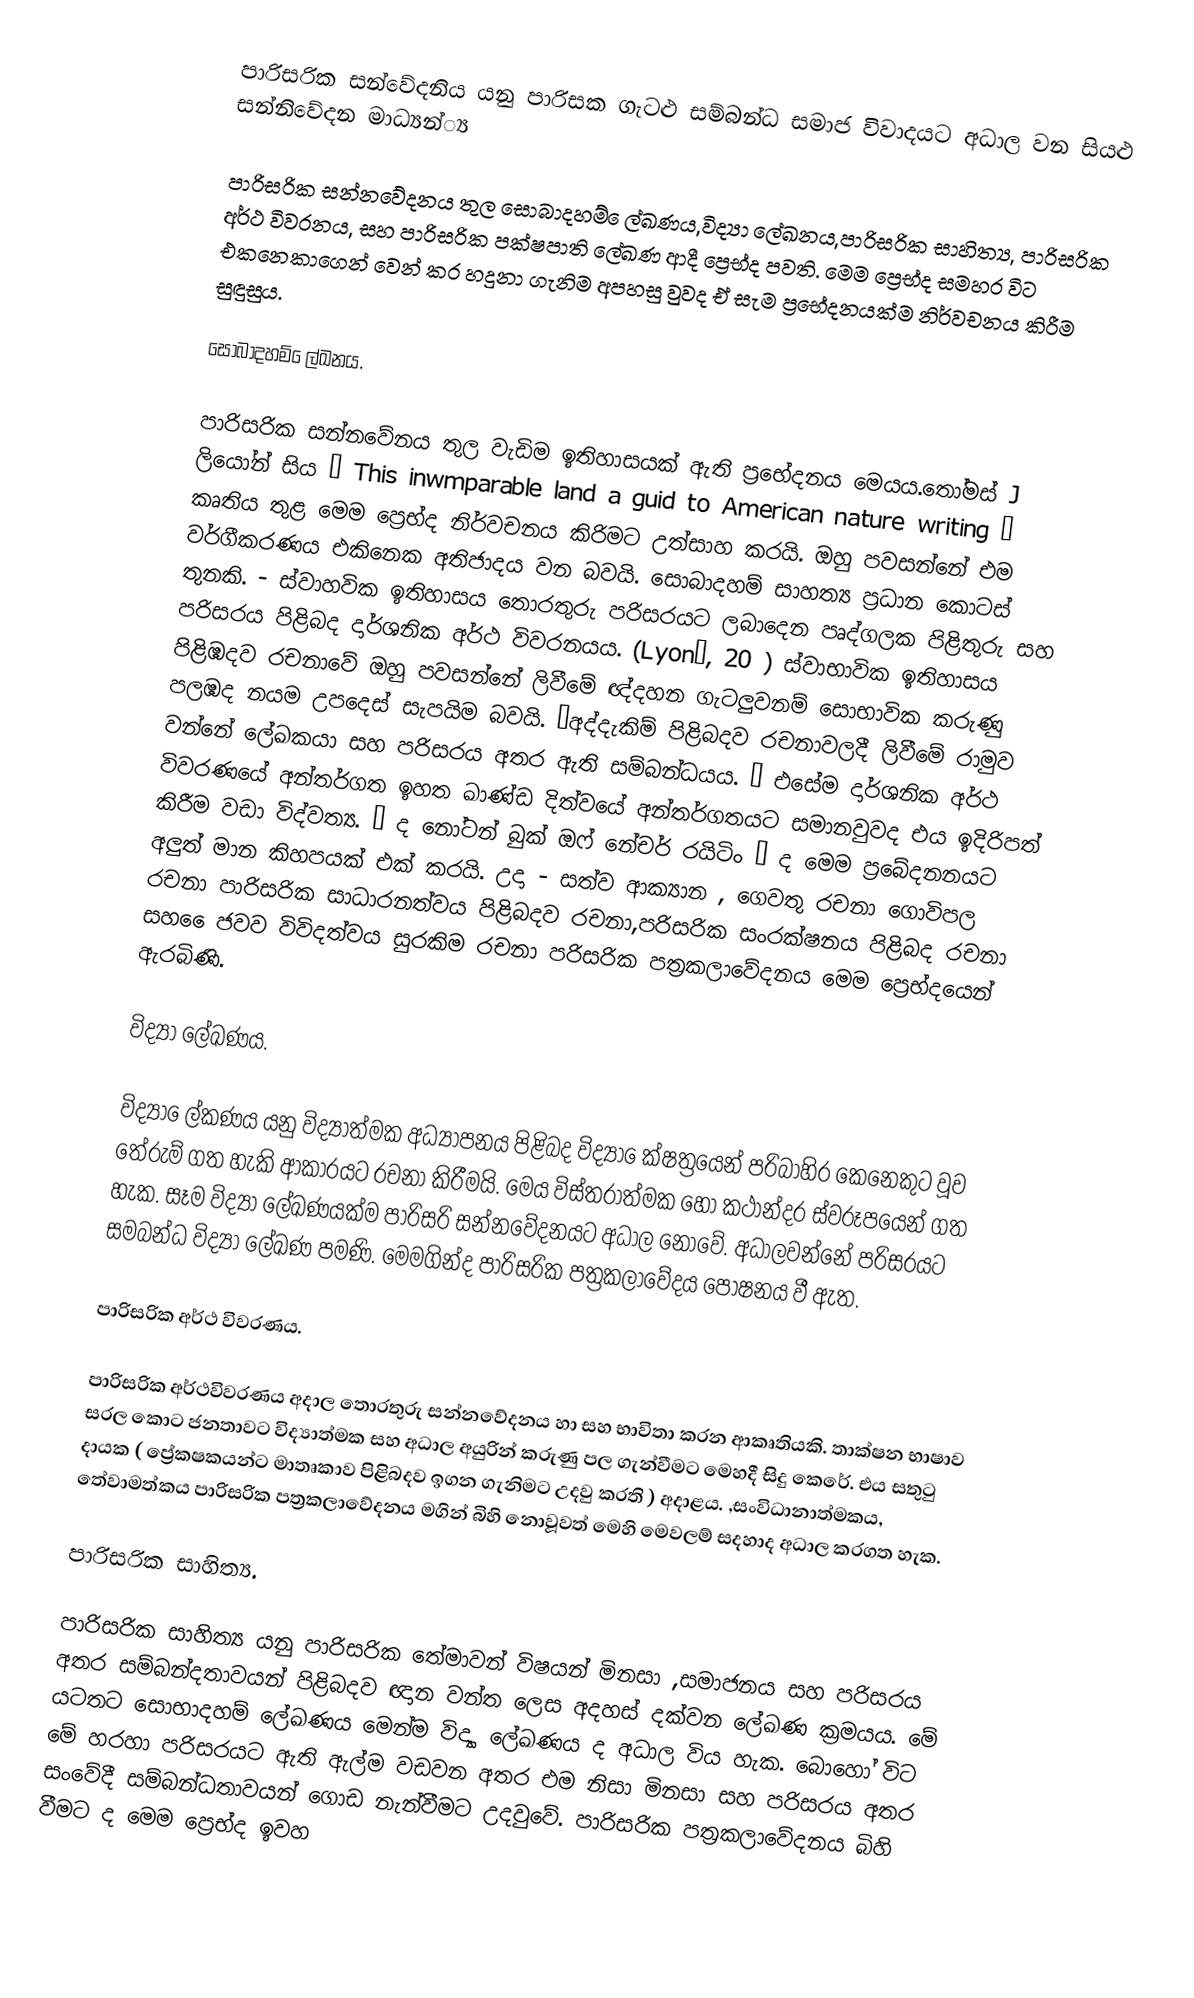
පාරිසරික සන්වේදනිය යනු පාරිසක ගැටළු සම්බන්ධ සමාජ විවාදයට අධාල වන සියළු සන්නිවේදන මාධ්‍යන්‍්‍ය

පාරිසරික සන්නවේදනය තුල සොබාදහම් ෙල්ඛණය,විද්‍යා ලේඛනය,පාරිසරික සාහිත්‍ය, පාරිසරික අර්ථ විවරනය, සහ පාරිසරික පක්ෂපාති ලේඛණ ආදී ප්‍රෙභ්ද පවති. මෙම  ප්‍රෙභ්ද සමහර විට  එකනෙකාගෙන් වෙන් කර හදුනා ගැනිම අපහසු වුවද ඒ සැම ප්‍රභේදනයක්ම නිර්වචනය කිරීම සුඳුසුය.

සොබාදහම් ෙල්ඛනය.

පාරිසරික සන්නවේනය තුල වැඩිම ඉතිහාසයක් ඇති ප්‍රභේදනය මෙයය.තෝමස්  J ලියෝන් සිය “ This inwmparable land a guid to American nature writing ”  කෘතිය තුළ මෙම ප්‍රෙභ්ද නිර්වචනය කිරිමට උත්සාහ කරයි. ඔහු පවසන්නේ එම වර්ගීකරණය එකිනෙක අතිජාදය වන බවයි.  සොබාදහම් සාහත්‍ය ප්‍රධාන කොටස් තුනකි.  - ස්වාහවික ඉතිහාසය තොරතුරු පරිසරයට ලබාදෙන පෘද්ගලක පිළිතුරු සහ පරිසරය පිළිබද දාර්ශනික අර්ථ විවරනයය. (Lyon’, 20 ) ස්වාභාවික ඉතිහාසය පිළිඹදව රචනාවේ ඔහු පවසන්නේ ලිවීමේ ඥ්දහන ගැටලුවනම් සොභාවික කරුණු පලඹද නයම උපදෙස් සැපයිම බවයි. “අද්දැකිම් පිළිබදව රචනාවලදී ලිවීමේ රාමුව වන්නේ ලේඛකයා සහ පරිසරය අතර ඇති සම්බන්ධයය. ” එසේම දාර්ශනික අර්ථ විවරණයේ අන්තර්ගත ඉහත ඛාණ්ඩ දිත්වයේ අන්තර්ගතයට සමානවුවද එය ඉදිරිපත් කිරීම වඩා විද්වත්‍ය. “ ද නෝටන් බුක් ඔෆ් නේචර් රයිටිං ” ද මෙම ප්‍රබේදනනයට අලුත් මාන කිහපයක් එක් කරයි. උදා - සත්ව ආක්‍යාන , ගෙවතු රචනා ගොවිපල රචනා පාරිසරික සාධාරනත්වය පිළිබදව රචනා,පරිසරික සංරක්ෂනය පිළිබද රචනා සහ ෙෙජවව විවිදත්වය සුරකිම රචනා පරිසරික පත්‍රකලාවේදනය මෙම ප්‍රෙභ්දයෙන් ඇරබිණි.

විද්‍යා ලේඛණය.

විද්‍යා ෙල්කණය යනු විද්‍යාත්මක අධ්‍යාපනය පිළිබද විද්‍යා ෙක්ෂත්‍රයෙන් පරිබාහිර කෙනෙකුට වූව තේරුම් ගත හැකි ආකාරයට රචනා කිරීමයි. මෙය විස්තරාත්මක හෝ කථාන්දර ස්වරූපයෙන් ගත හැක. සෑම විද්‍යා ලේඛණයක්ම පාරිසරි සන්නවේදනයට අධාල නොවේ. අධාලවන්නේ පරිසරයට සමබන්ධ විද්‍යා ලේඛණ පමණි. මෙමගින්ද පාරිසරික පත්‍රකලාවේදය පෝෂනය වී ඇත.

පාරිසරික අර්ථ විවරණය.

පාරිසරික අර්ථවිවරණය අදාල තොරතුරු සන්නවේදනය හා සහ භාවිතා කරන ආකෘතියකි. තාක්ෂන භාෂාව  සරල කොට ජනතාවට විද්‍යාත්මක සහ අධාල අයුරින් කරුණු පල ගැන්වීමට මෙහදී සිදු කෙරේ.  එය සතුටු දායක ( ප්‍රේකෂකයන්ට මාතෘකාව පිළිබදව ඉගන ගැනිමට උදවු කරති ) අදාළය. ,සංවිධානාත්මකය, තේවාමත්කය පාරිසරික පත්‍රකලාවේදනය මගින් බිහි නොවූවත් මෙහි මෙවලම් සදහාද අධාල කරගත හැක.

පාරිසරික සාහිත්‍ය.

පාරිසරික සාහිත්‍ය යනු පාරිසරික තේමාවන් විෂයන් මිනසා ,සමාජනය සහ පරිසරය අතර සම්බන්දතාවයන් පිළිබදව ඥාන වන්ත ලෙස අදහස් දක්වන ලේඛණ ක්‍රමයය. මේ යටතට සොභාදහම් ලේඛණය මෙන්ම විද්‍යා ලේඛණය ද අධාල විය හැක. බොහෝ විට මේ හරහා පරිසරයට ඇති ඇල්ම වඩවන අතර එම නිසා මිනසා සහ පරිසරය අතර සංවේදී සම්බන්ධතාවයන් ගොඩ නැන්වීමට උදවුවේ. පාරිසරික පත්‍රකලාවේදනය බිහි වීමට ද මෙම ප්‍රෙභ්ද ඉවහ